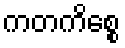
ကတကိစ္စေ